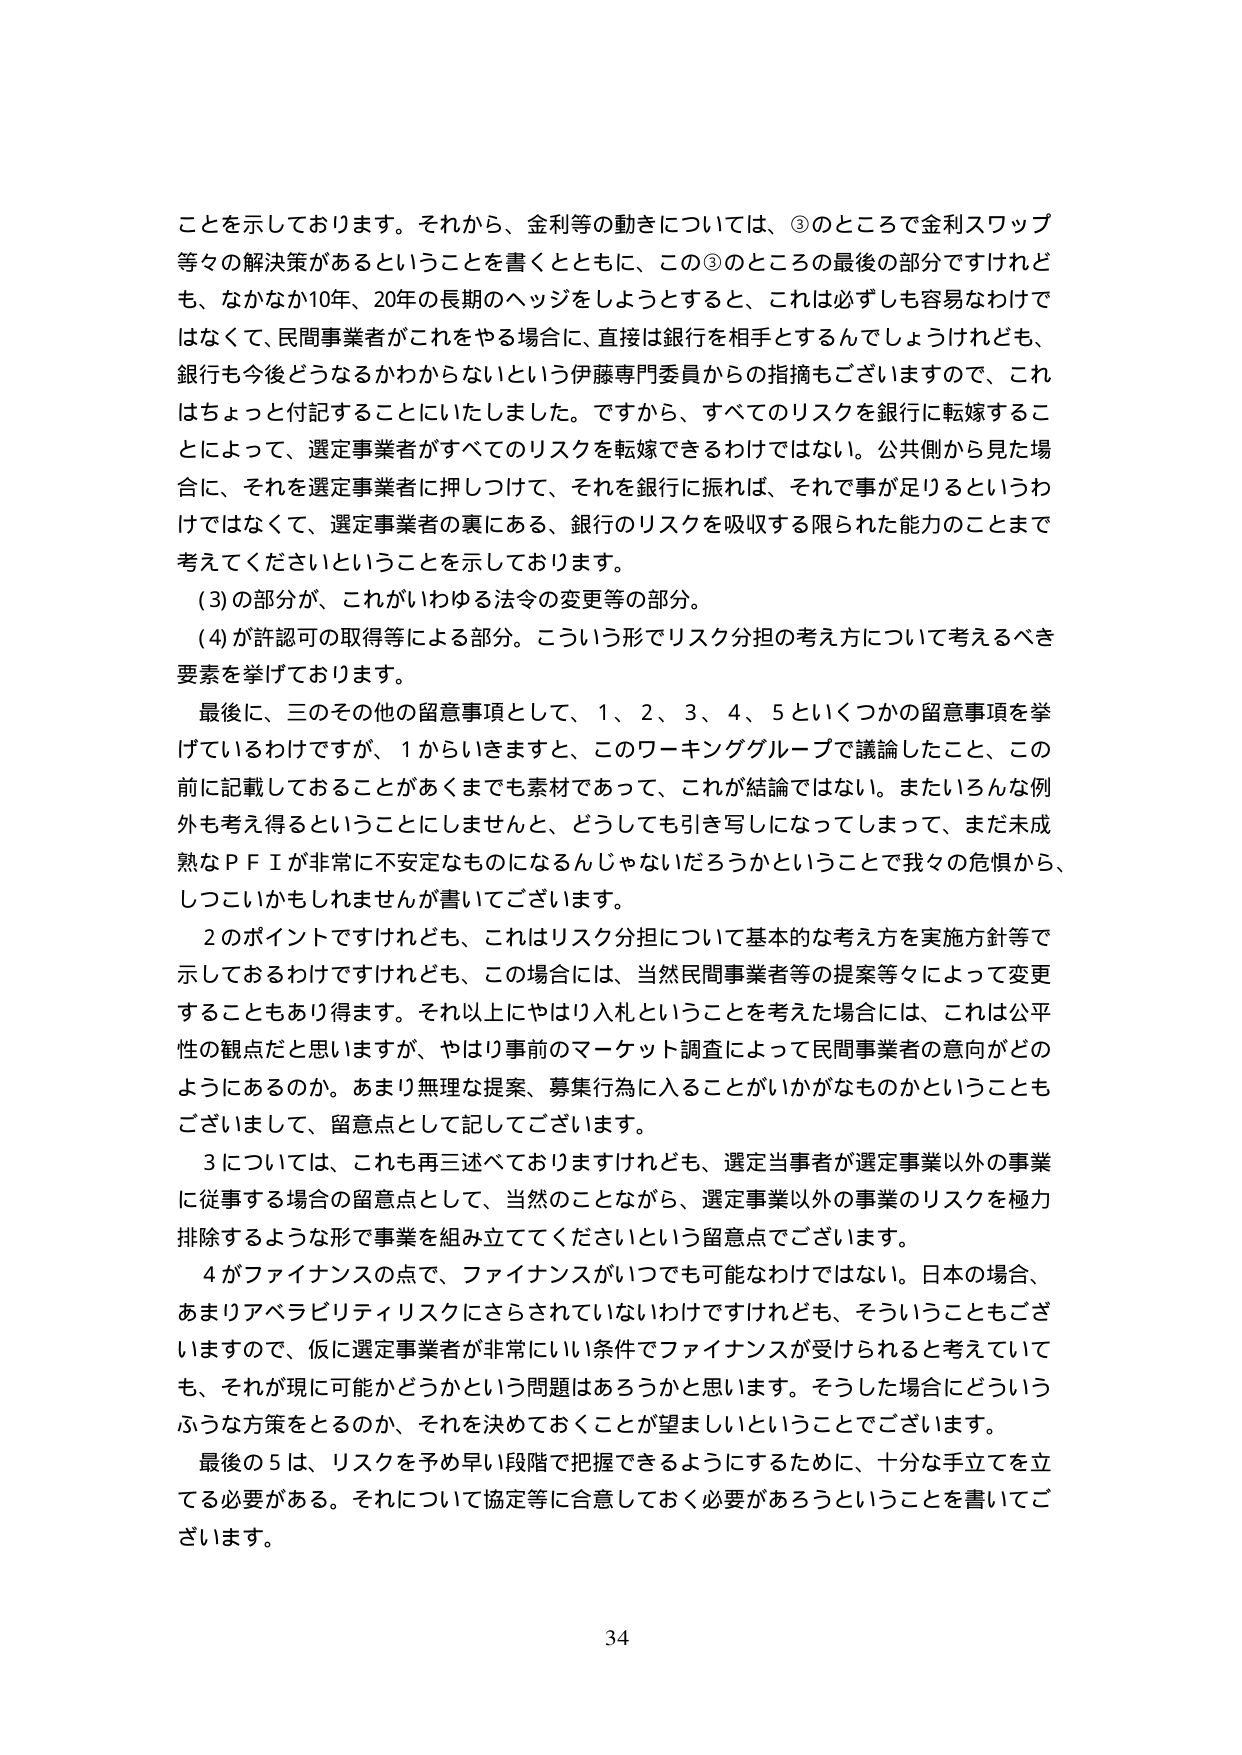
ことを示しております。それから、金利等の動きについては、③のところで金利スワップ等々の解決策があるということを書くとともに、この③のところの最後の部分ですけれども、なかなか10年、20年の長期のヘッジをしようとするとき、これは必ずしも容易なわけではなくて、民間事業者がこれをやる場合に、直接は銀行を相手とするんでしょうけれども、銀行も今後どうなるかわからないという伊藤専門委員からの指摘もございますので、これはちょっと付記することにいたしました。ですから、すべてのリスクを銀行に転嫁することによって、選定事業者がすべてのリスクを転嫁できるわけではない。公共側から見た場合に、それを選定事業者に押しつけて、それを銀行に振れば、それで事が足りるというわけではなくて、選定事業者の裏にある、銀行のリスクを吸収する限られた能力のことも考えてくださいということを示しております。

(3)の部分が、これがいわゆる法令の変更等の部分。

(4)が許認可の取得等による部分。こういう形でリスク分担の考え方について考えるべき要素を挙げております。

最後に、三のその他の留意事項として、1、2、3、4、5といくつかの留意事項を挙げているわけですが、1からいきますと、このワーキンググループで議論したこと、この前に記載しておることがあくまでも素材であって、これが結論ではない。またいろんな例外も考え得るということにしませんと、どうしても引き写しになってしまって、まだ未成熟なＰＦＩが非常に不安定なものになるんじゃないただろうかということで我々の危惧から、しつこいかもしれませんが書いてございます。

2のポイントですけれども、これはリスク分担について基本的な考え方を実施方針等で示しておるわけですけれども、この場合には、当然民間事業者等の提案等々によって変更することもあり得ます。それ以上にやはり入札ということを考えた場合には、これは公平性の観点だと思いますが、やはり事前のマーケット調査によって民間事業者の意向がどのようにあるのか。あまり無理な提案、募集行為に入ることがいかがなものかということもございまして、留意点として記してございます。

3については、これも再三述べておりますけれども、選定当事者が選定事業以外の事業に従事する場合の留意点として、当然のことながら、選定事業以外の事業のリスクを極力排除するような形で事業を組み立ててくださいという留意点でございます。

4がファイナンスの点で、ファイナンスがいつでも可能なわけではない。日本の場合、あまりアベラビリティリスクにさらされていないわけですがけれども、そういうこともございますので、仮に選定事業者が非常にいい条件でファイナンスが受けられると考えても、それが現に可能かどうかという問題はあろうかと思います。そうした場合にどういうふうな方策をとるのか、それを決めておくことが望ましいということでございます。

最後の5は、リスクを予め早い段階で把握できるようにするために、十分な手立てを立てる必要がある。それについて協定等に合意しておく必要があるろうということを書いてございます。

34